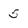
Character: 5